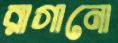
রাগানো